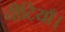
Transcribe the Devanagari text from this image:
चीटियाँ।